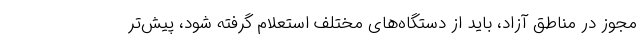
مجوز در مناطق آزاد، باید از دستگاه‌های مختلف استعلام گرفته شود، پیش‌تر